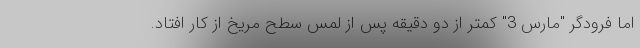
اما فرودگر "مارس 3" کمتر از دو دقیقه پس از لمس سطح مریخ از کار افتاد.